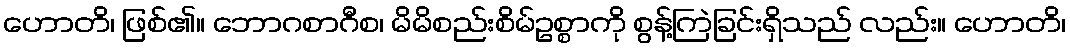
ဟောတိ၊ ဖြစ်၏။ ဘောဂစာဂီစ၊ မိမိစည်းစိမ်ဥစ္စာကို စွန့်ကြဲခြင်းရှိသည် လည်း။ ဟောတိ၊